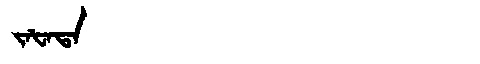
Manchu: ᠵᠠᡶᠠᡨᠠ
Romanization: JAFATA